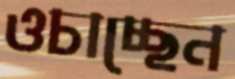
ওচাচ্ছেন